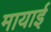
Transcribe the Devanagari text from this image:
मायाई